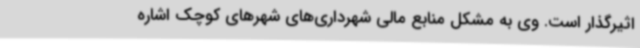
اثیرگذار است. وی به مشکل منابع مالی شهرداری‌های شهرهای کوچک اشاره